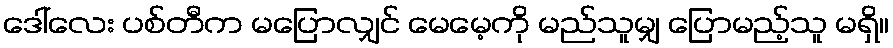
ဒေါ်လေး ပစ်တီက မပြောလျှင် မေမေ့ကို မည်သူမျှ ပြောမည့်သူ မရှိ။